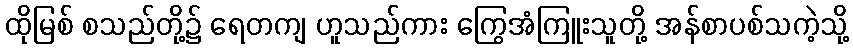
ထိုမြစ် စသည်တို့၌ ရေတကျ ဟူသည်ကား ကြွေအံကြူးသူတို့ အန်စာပစ်သကဲ့သို့